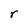
Character: r